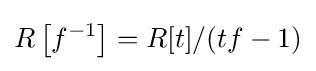
R\left[f^{-1}\right]=R[t]/(tf-1)